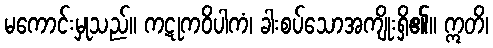
မကောင်းမှုသည်။ ကဋုကဝိပါကံ၊ ခါးစပ်သောအကျိုးရှိ၏။ ဣတိ၊